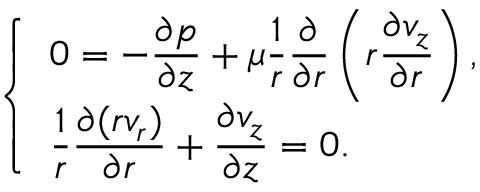
\left\{ \begin{array} { l l } { \displaystyle 0 = - \frac { \partial p } { \partial z } + \mu \frac { 1 } { r } \frac { \partial } { \partial r } \left( r \frac { \partial v _ { z } } { \partial r } \right) , } \\ { \displaystyle \frac { 1 } { r } \frac { \partial ( r v _ { r } ) } { \partial r } + \frac { \partial v _ { z } } { \partial z } = 0 . } \end{array} \right.